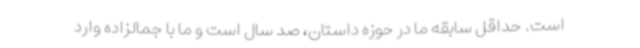
است. حداقل سابقه ما در حوزه داستان، صد سال است و ما با جمالزاده وارد